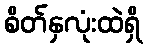
စိတ်နှလုံးထဲရှိ